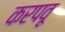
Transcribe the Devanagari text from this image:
करपवू